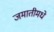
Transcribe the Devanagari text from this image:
जमातीमधे